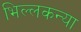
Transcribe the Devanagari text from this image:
भिल्लकन्या